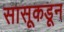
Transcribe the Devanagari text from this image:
सासूकडून